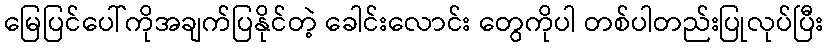
မြေပြင်ပေါ်ကိုအချက်ပြနိုင်တဲ့ ခေါင်းလောင်း တွေကိုပါ တစ်ပါတည်းပြုလုပ်ပြီး